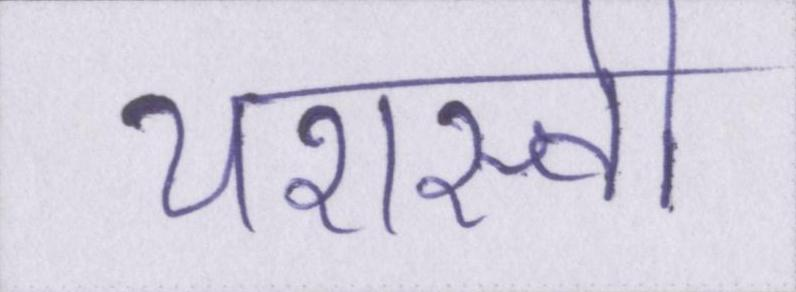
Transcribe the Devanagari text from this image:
यशस्वी